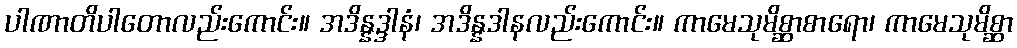
ပါဏာတိပါတောလည်းကောင်း။ အဒိန္နဒ္ဒါနံ၊ အဒိန္နဒါနလည်းကောင်း။ ကာမေသုမိစ္ဆာစာရော၊ ကာမေသုမိစ္ဆာ